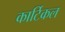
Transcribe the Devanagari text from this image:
कार्टिकल